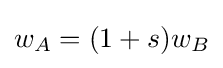
w_{A}=(1+s)w_{B}